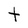
Character: t